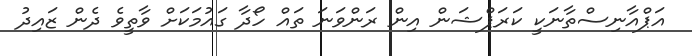
އަޕްއާނިސްތާނަކީ ކަރަޕްޝަން އިން ރަންވަނަ ތައް ހޯދާ ގައުމަކަށް ވާތީވެ ދެން ޒައިދު